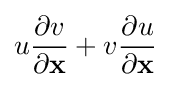
u{\frac {\partial v}{\partial \mathbf {x} }}+v{\frac {\partial u}{\partial \mathbf {x} }}